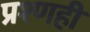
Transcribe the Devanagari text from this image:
प्रश्णही